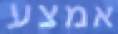
אמצע